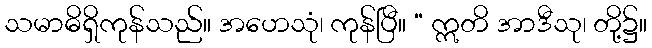
သမာဓိရှိကုန်သည်။ အဟေသုံ၊ ကုန်ပြီ။ “ ဣတိ အာဒီသု၊ တို့၌။